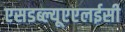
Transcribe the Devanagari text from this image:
एसडब्ल्यूएएलईसी